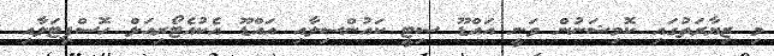
މި ޒިޔާރަތުގައި ކޮމިޝަނުން ވަނީ އައްޑޫ ސިޓީ ކައުންސިލާއި އައްޑޫ އެކުއެޓޯރިއަލް ހޮސްޕިޓަލާއި